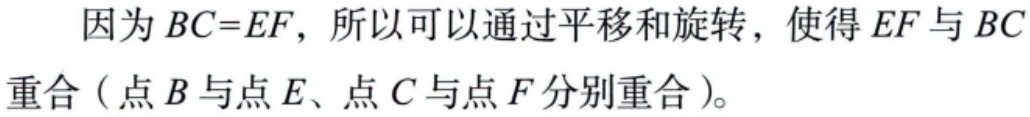
因为 \(BC = EF\)，所以可以通过平移和旋转，使得 \(EF\) 与 \(BC\) 重合（点 \(B\) 与点 \(E\)、点 \(C\) 与点 \(F\) 分别重合）。